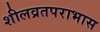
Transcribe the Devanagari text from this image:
शीलव्रतपराभास